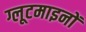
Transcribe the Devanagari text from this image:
ग्लूटमाइनों